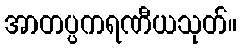
အာတပ္ပကရဏီယသုတ်။